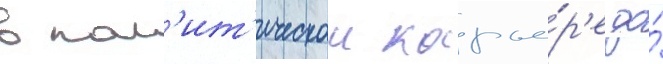
в пол'ит'ическои карье́р'е до́